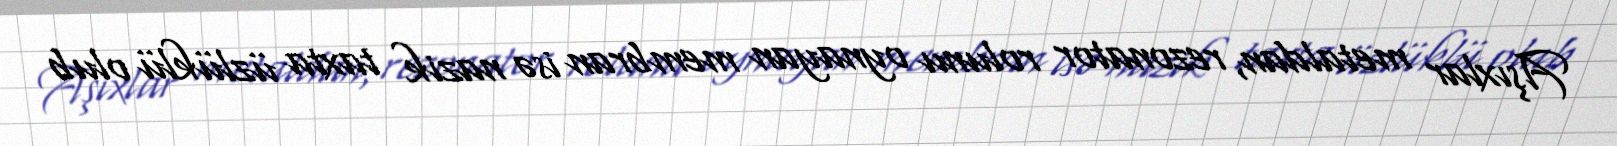
Aşıxlar metaldan, rezonator rolunu oynayan membran isə nazik taxta üzlüklü olub